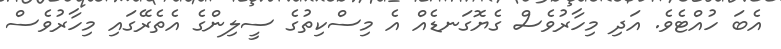
އެބަ ހުއްޓެވެ. އަދި މިހާރުވެސް ގެޔޮގަނޑެއް އެ މިސްކިތުގެ ސީލިންގެ އެތެރޭގައި މިހާރުވެސް